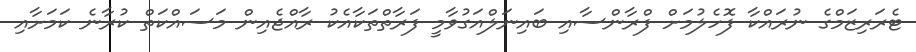
ޓެރަރިޒަމްގެ ނުރައްކާ ފޮހެލުމަށް ފްރާންސާއި ބައިނަލްއަގުވާމީ ފަރާތްތަކާއެކު ރާއްޖެއިން މަސައްކަތް ކުރާނެ ކަމަށާއި